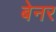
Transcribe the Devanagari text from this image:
बेनर